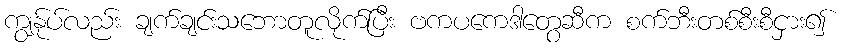
ကျွန်ုပ်လည်း ချက်ချင်းသဘောတူလိုက်ပြီး ဗကပကေဒါတွေဆီက စက်ဘီးတစ်စီးစီငှား၍